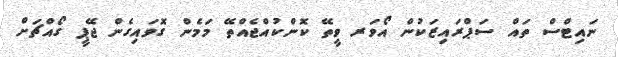
ނައިޓްސް ތައް ސަޕްރައިޒަކުން އޯވަރ ވީތޭ ކޮންކުއްޖެއްތޭ މަމެން ގޮވައިގެން ޖޭޕީ ގޯއްޗަށް